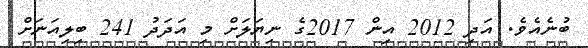
ބުނެއެވެ. އަދި 2012 އިން 2017ގެ ނިޔަލަށް މި އަދަދު 241 ބިލިއަނަށް